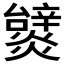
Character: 𤒞